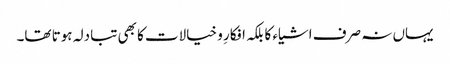
یہاں نہ صرف اشیاء کا بلکہ افکارِ و خیالات کا بھی تبادلہ ہوتا تھا۔